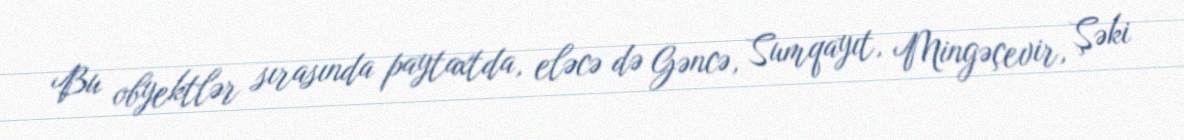
Bu obyektlər sırasında paytaxtda, eləcə də Gəncə, Sumqayıt, Mingəçevir, Şəki